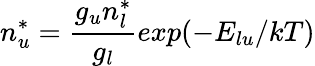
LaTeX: n_{u}^{*}={\frac{g_{u}n_{l}^{*}}{g_{l}}}exp{(-E_{lu}/kT)}